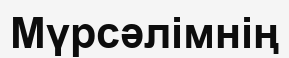
Мүрсәлімнің